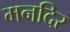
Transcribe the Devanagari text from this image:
मनदिर